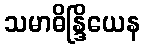
သမာဓိန္ဒြိယေန